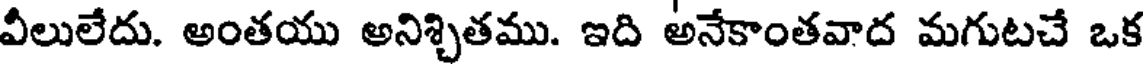
వీలులేదు. అంతయు అనిశ్చితము. ఇది అనేకాంతవాద మగుటచే ఒక